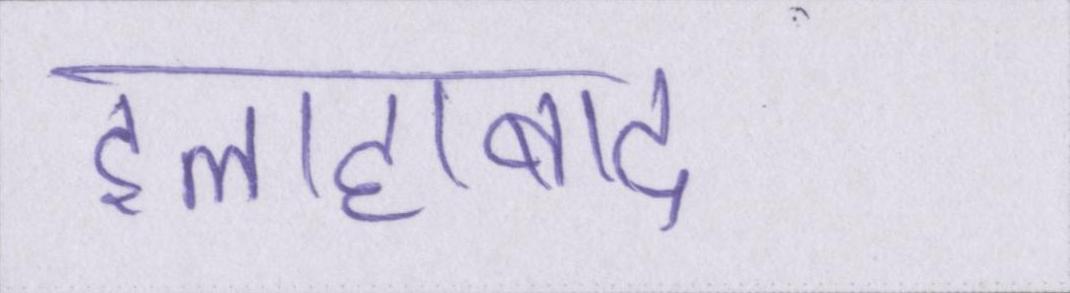
इलाहाबाद